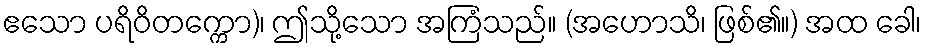
ဧသော ပရိဝိတက္ကော)၊ ဤသို့သော အကြံသည်။ (အဟောသိ၊ ဖြစ်၏။) အထ ခေါ၊